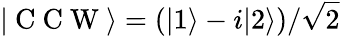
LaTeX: \vert\mathrm{~C~C~W~}\rangle=(\vert 1\rangle-i\vert 2\rangle)/\sqrt{2}